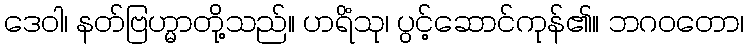
ဒေဝါ၊ နတ်ဗြဟ္မာတို့သည်။ ဟရိံသု၊ ပွင့်ဆောင်ကုန်၏။ ဘဂဝတော၊